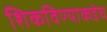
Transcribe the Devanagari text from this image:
शिकविण्याकडेच